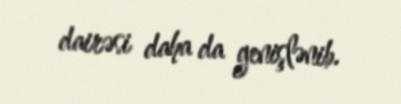
dairəsi daha da genişlənib.